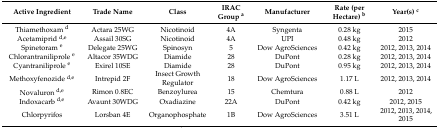
<table><thead><tr><td><b>Active Ingredient</b></td><td><b>Trade Name</b></td><td><b>Class</b></td><td><b>IRAC Group <sup>a</sup></b></td><td><b>Manufacturer</b></td><td><b>Rate (per Hectare) <sup>b</sup></b></td><td><b>Year(s) <sup>c</sup></b></td></tr></thead><tbody><tr><td>Thiamethoxam <sup>d</sup></td><td>Actara 25WG</td><td>Nicotinoid</td><td>4A</td><td>Syngenta</td><td>0.28 kg</td><td>2015</td></tr><tr><td>Acetamiprid <sup>d,e</sup></td><td>Assail 30SG</td><td>Nicotinoid</td><td>4A</td><td>UPI</td><td>0.48 kg</td><td>2012</td></tr><tr><td>Spinetoram <sup>e</sup></td><td>Delegate 25WG</td><td>Spinosyn</td><td>5</td><td>Dow AgroSciences</td><td>0.42 kg</td><td>2012, 2013, 2014</td></tr><tr><td>Chlorantraniliprole <sup>e</sup></td><td>Altacor 35WDG</td><td>Diamide</td><td>28</td><td>DuPont</td><td>0.28 kg</td><td>2012, 2013, 2014</td></tr><tr><td>Cyantraniliprole <sup>e</sup></td><td>Exirel 10SE</td><td>Diamide</td><td>28</td><td>DuPont</td><td>0.95 kg</td><td>2012, 2013, 2014</td></tr><tr><td>Methoxyfenozide <sup>d,e</sup></td><td>Intrepid 2F</td><td>Insect Growth Regulator</td><td>18</td><td>Dow AgroSciences</td><td>1.17 L</td><td>2012, 2013, 2014</td></tr><tr><td>Novaluron <sup>d,e</sup></td><td>Rimon 0.8EC</td><td>Benzoylurea</td><td>15</td><td>Chemtura</td><td>0.88 L</td><td>2012</td></tr><tr><td>Indoxacarb <sup>d,e</sup></td><td>Avaunt 30WDG</td><td>Oxadiazine</td><td>22A</td><td>DuPont</td><td>0.42 kg</td><td>2012, 2015</td></tr><tr><td>Chlorpyrifos</td><td>Lorsban 4E</td><td>Organophosphate</td><td>1B</td><td>Dow AgroSciences</td><td>3.51 L</td><td>2012, 2013, 2014, 2015</td></tr></tbody></table>